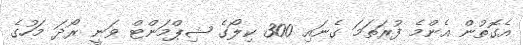
އެގޮތުން އެންމެ ފުރަތަމަ ގެނައި 300 ކިލޯގެ ޝިޕްމަންޓް ވަނީ ރޯދަ މަހުގެ